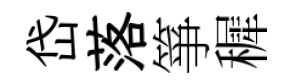
岱落箏穉